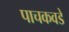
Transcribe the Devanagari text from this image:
पाचकवडे